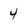
Character: 4